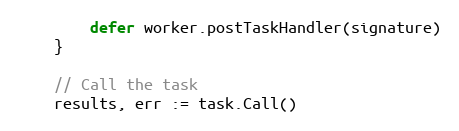
Language: Go
		defer worker.postTaskHandler(signature)
	}

	// Call the task
	results, err := task.Call()